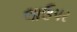
લાઉપર